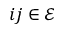
i j \in \mathcal E